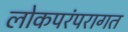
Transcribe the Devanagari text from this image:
लोकपरंपरागत